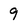
Character: 9